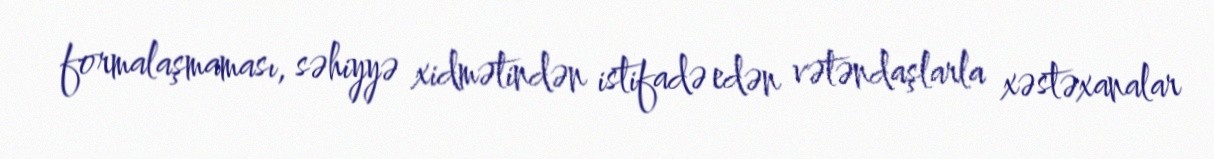
formalaşmaması, səhiyyə xidmətindən istifadə edən vətəndaşlarla xəstəxanalar